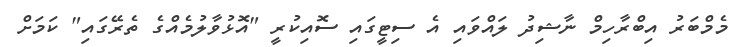
މެމްބަރު އިބްރާހިމް ނާޝިދު ލައްވައި އެ ސިޓީގައި ސޮއިކުރީ "އޮޅުވާލުމެއްގެ ތެރޭގައި" ކަމަށް